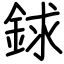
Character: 銶